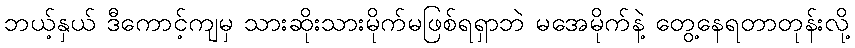
ဘယ့်နှယ် ဒီကောင့်ကျမှ သားဆိုးသားမိုက်မဖြစ်ရရှာဘဲ မအေမိုက်နဲ့ တွေ့နေရတာတုန်းလို့